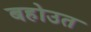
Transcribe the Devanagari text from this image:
बहोउत